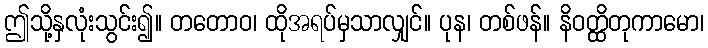
ဤသို့နှလုံးသွင်း၍။ တတောဝ၊ ထိုအရပ်မှသာလျှင်။ ပုန၊ တစ်ဖန်။ နိဝတ္ထိတုကာမော၊